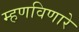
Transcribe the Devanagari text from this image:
म्हणविणारे